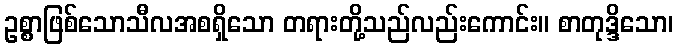
ဥစ္စာဖြစ်သောသီလအစရှိသော တရားတို့သည်လည်းကောင်း။ စာတုဒ္ဒိသော၊